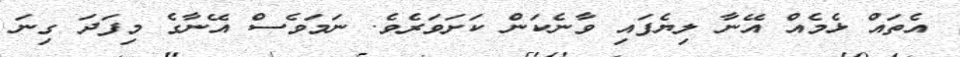
އެތައް ޅެމެއް އޭނާ ލިޔެފައި ވާނެކަން ކަށަވަރެވެ. ނަމަވެސް އޭނާގެ މިފަދަ ގިނަ